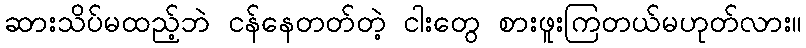
ဆားသိပ်မထည့်ဘဲ ငန်နေတတ်တဲ့ ငါးတွေ စားဖူးကြတယ်မဟုတ်လား။